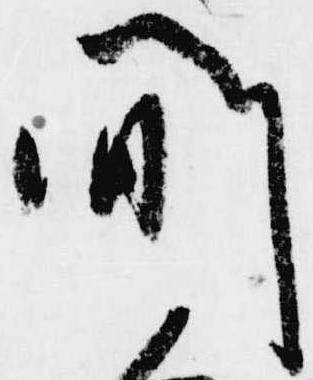
間